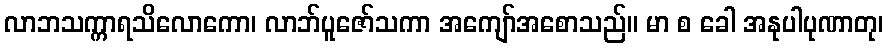
လာဘသက္ကာရသိလောကော၊ လာဘ်ပူဇော်သကာ အကျော်အစောသည်။ မာ စ ခေါ အနုပါပုဏာတု၊